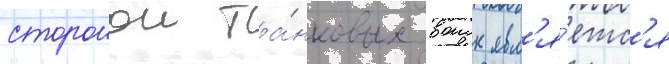
сторонои та́нковых воиск явл'я́етс'я